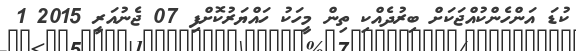
ކުޑަ އަންހެންކުއްޖަކަށް ބިރުދެއްކި ތިން މީހަކު ހައްޔަރުކޮށްފި 07 ޖެނުއަރީ 2015 1